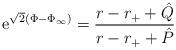
LaTeX: \begin{align*}{\rm e}^{\sqrt{2}(\Phi - \Phi_{\infty})} ={{r - r_+ + \hat{Q}} \over {r - r_+ + \hat{P}}}\end{align*}